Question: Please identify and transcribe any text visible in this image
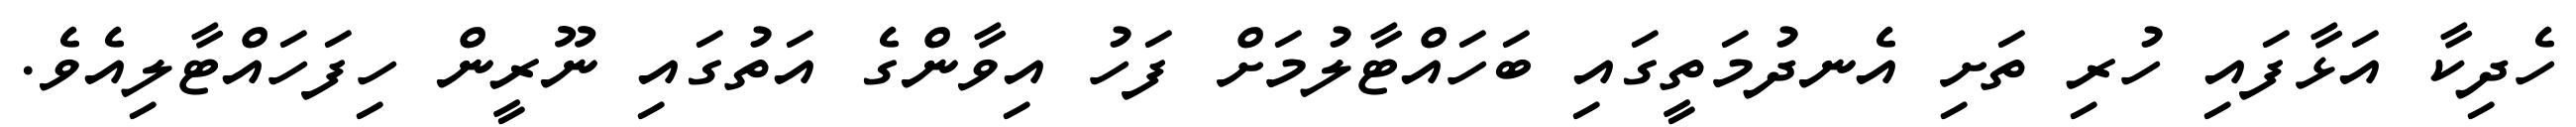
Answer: ހެދިކާ އަޅާފައި ހުރި ތަށި އެނދުމަތީގައި ބަހައްޓާލުމަށް ފަހު އިވާންގެ އަތުގައި ނޫރީން ހިފަހައްޓާލިއެވެ.